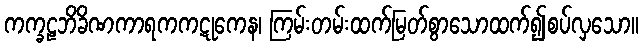
ကက္ခဠဘိခိဏကာရကကဋုကေန၊ ကြမ်းတမ်းထက်မြတ်စွာသောထက်၍စပ်လှသော။